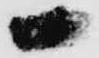
一